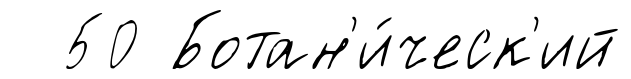
50 Ботан'и́ческ'ий